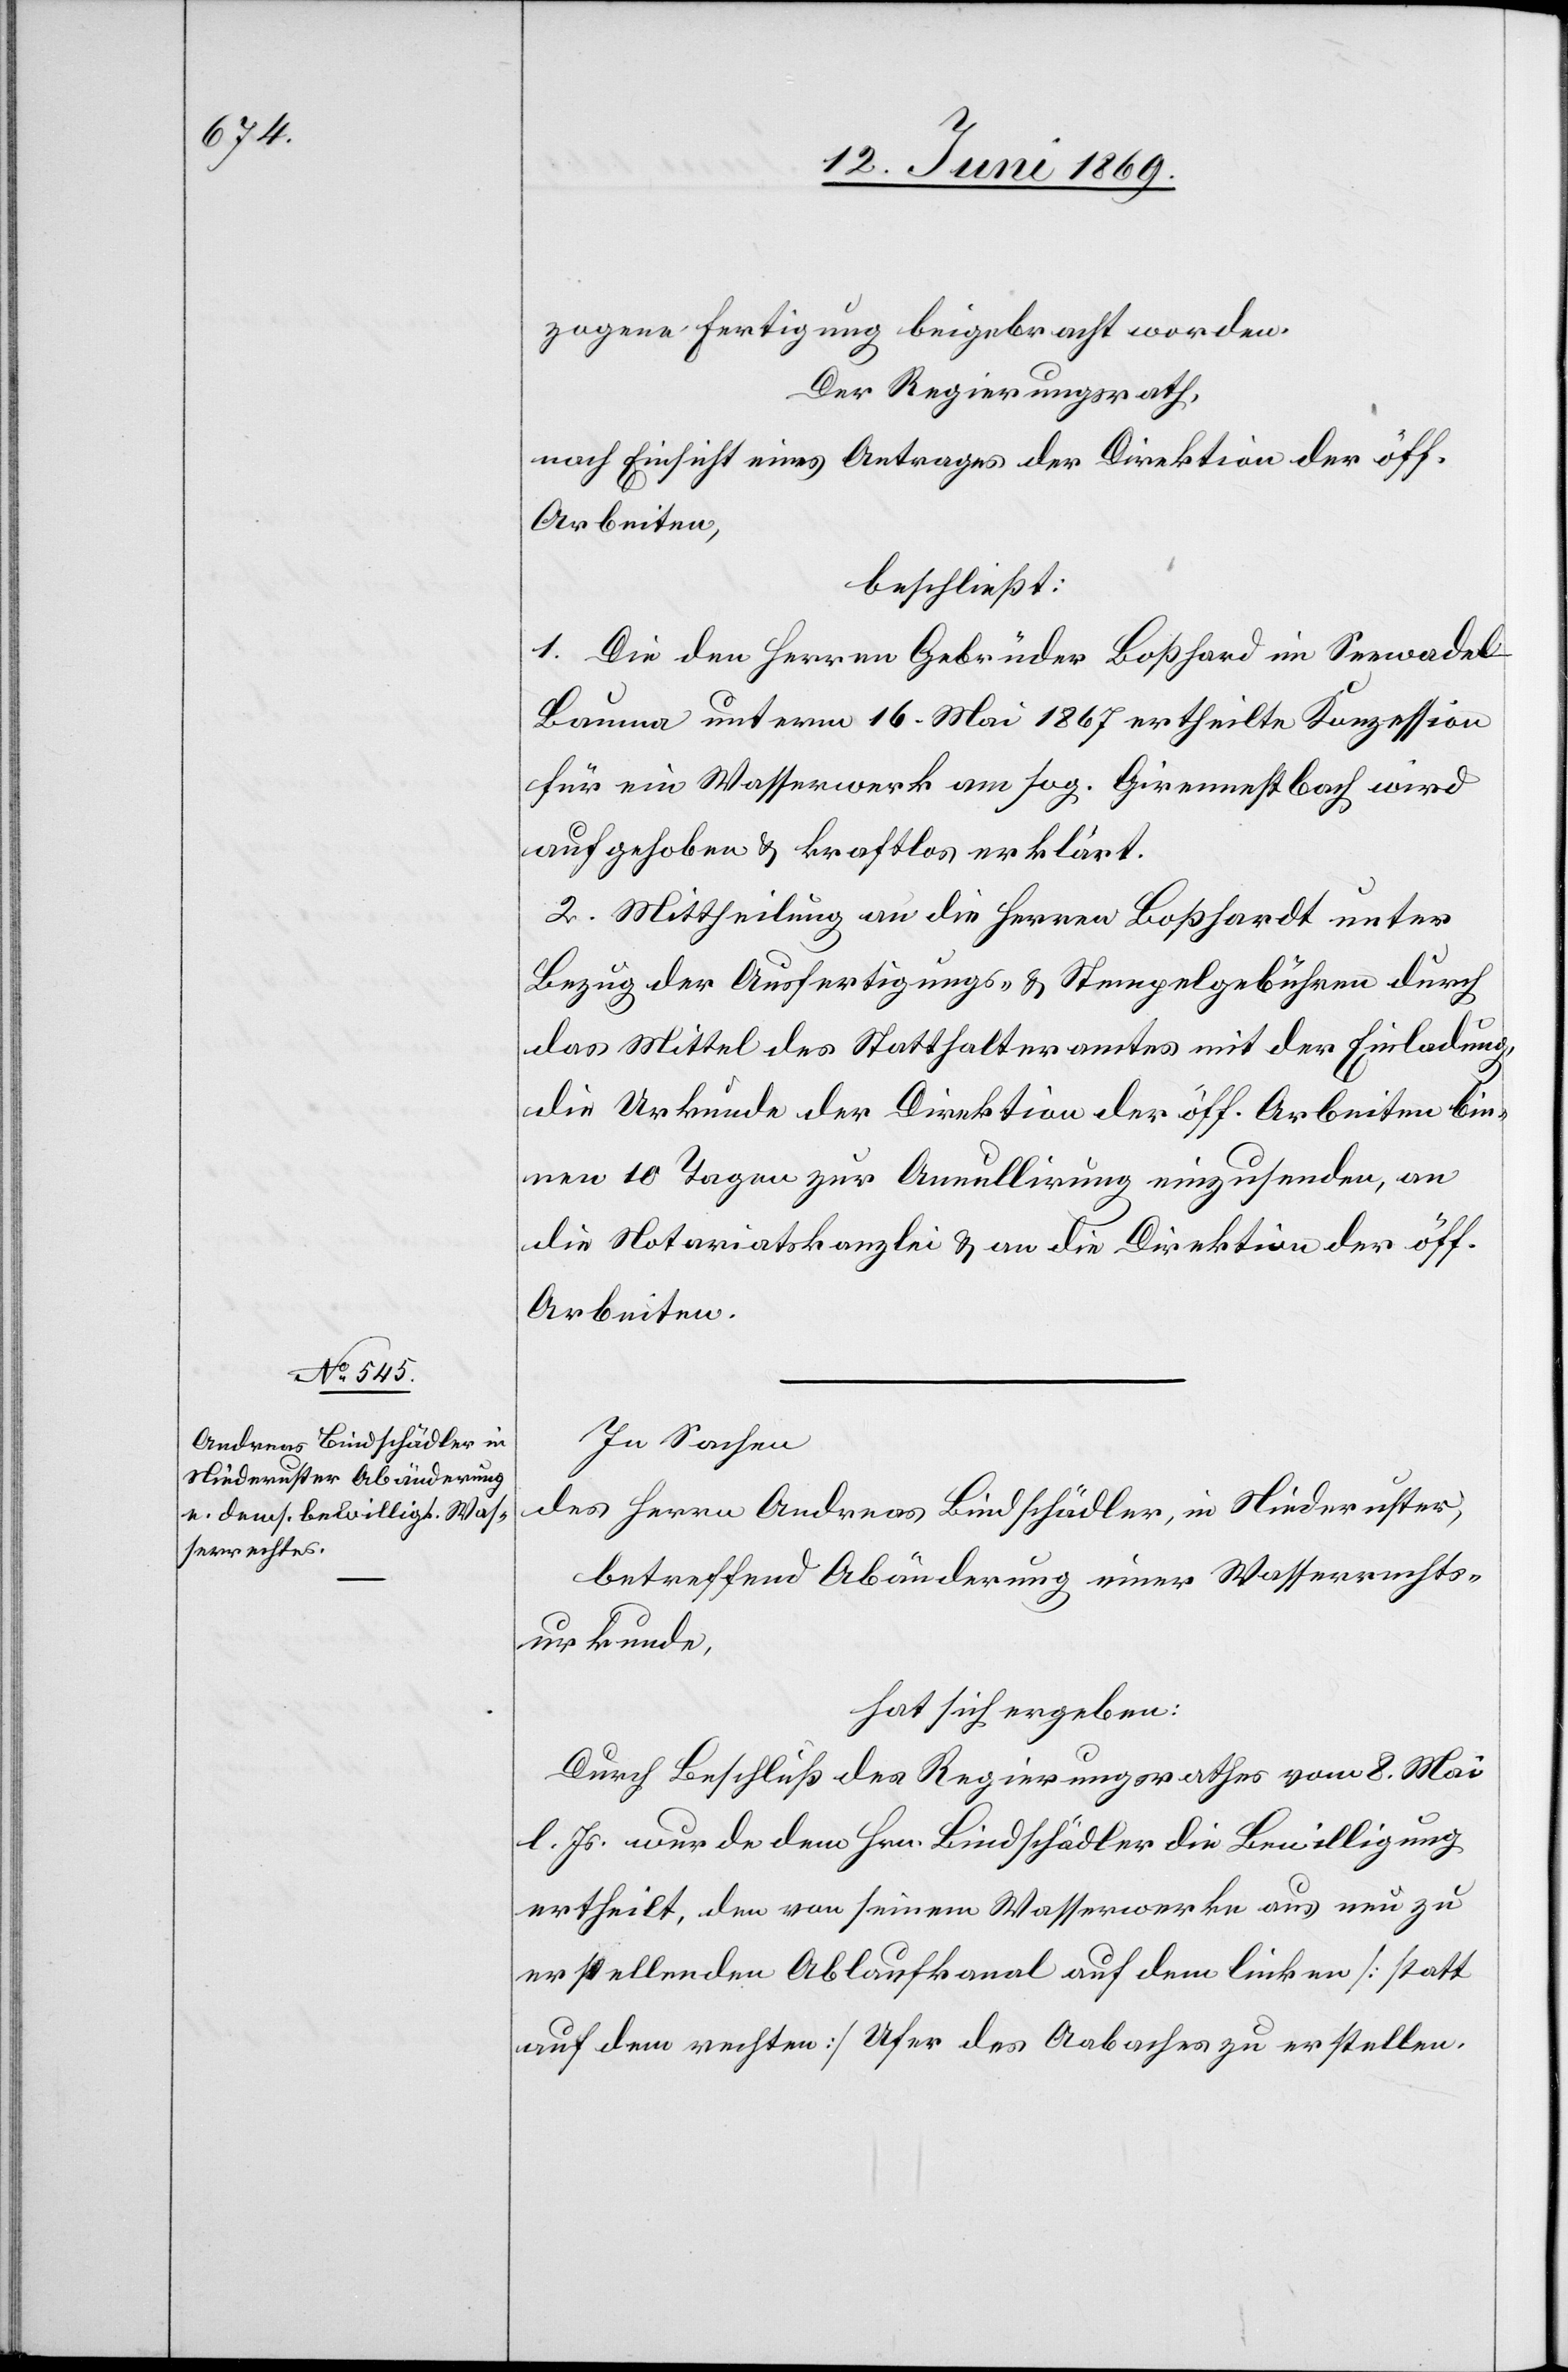
zogene Fertigung beigebracht worden.
Der Regierungsrath,
nach Einsicht eines Antrages der Direktion der öff.
Arbeiten,
beschließt:
1. Die den Herren Gebrüder Boßhard im Seewadel-B¬
auma unterm 16 Mai 1867 ertheilte Konzession
für ein Wasserwerk am sog. Girennestbach wird
aufgehoben u. kraftlos erklärt.
2. Mittheilung an die Herrn Boßhardt unter
Bezug der Ausfertigungs- u. Stempelgebühren durch
das Mittel des Statthalteramtes mit der Einladung,
die Urkunde der Direktion der öff. Arbeiten bin¬
nen 10 Tagen zur Annullirung einzusenden, an
die Notariatskanzlei u. an die Direktion der öff.
Arbeiten.
In Sachen
des Herren Andreas Bindschädler, in Niederuster,
betreffend Abänderung einer Wasserrechts¬
urkunde,
hat sich ergeben:
Durch Beschluß des Regierungsrathes vom 8 Mai
l. Js. wurde dem Hrn. Bindschädler die Bewilligung
ertheilt, den von seinem Wasserwerke aus neu zu
erstellenden Ablaufkanal auf dem linken [statt
auf dem rechten] Ufer des Aabaches zu erstellen.